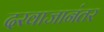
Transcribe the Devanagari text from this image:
दरवाजानंतर